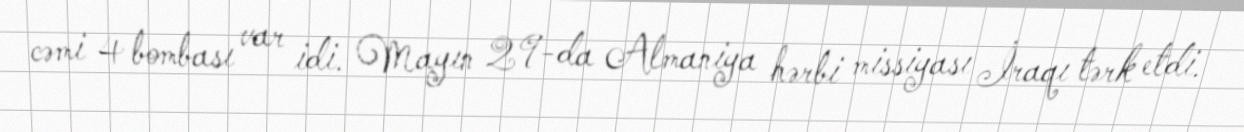
cəmi 4 bombası var idi. Mayın 29-da Almaniya hərbi missiyası İraqı tərk etdi.